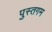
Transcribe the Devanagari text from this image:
पुस्तगम